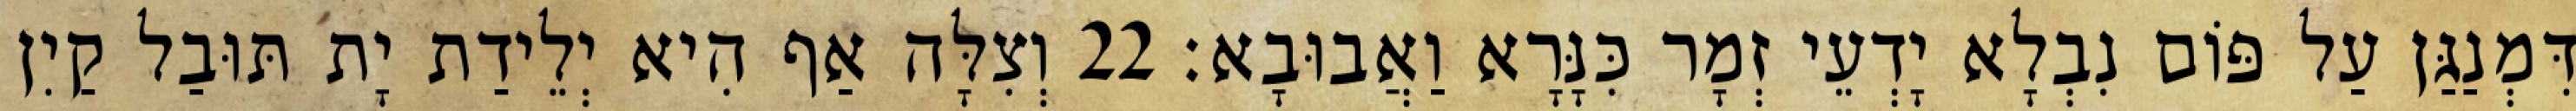
דִּמְנַגַּן עַל פּוֹם נִבְלָא יָדְעֵי זְמָר כִּנָּרָא וַאֲבוּבָא׃ 22 וְצִלָּה אַף הִיא יְלֵידַת יָת תּוּבַל קַיִן